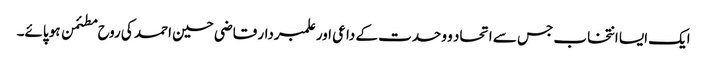
ایک ایسا انتخاب جس سے اتحاد و وحدت کے داعی اور علمبردار قاضی حسین احمد کی روح مطئمن ہو پائے۔